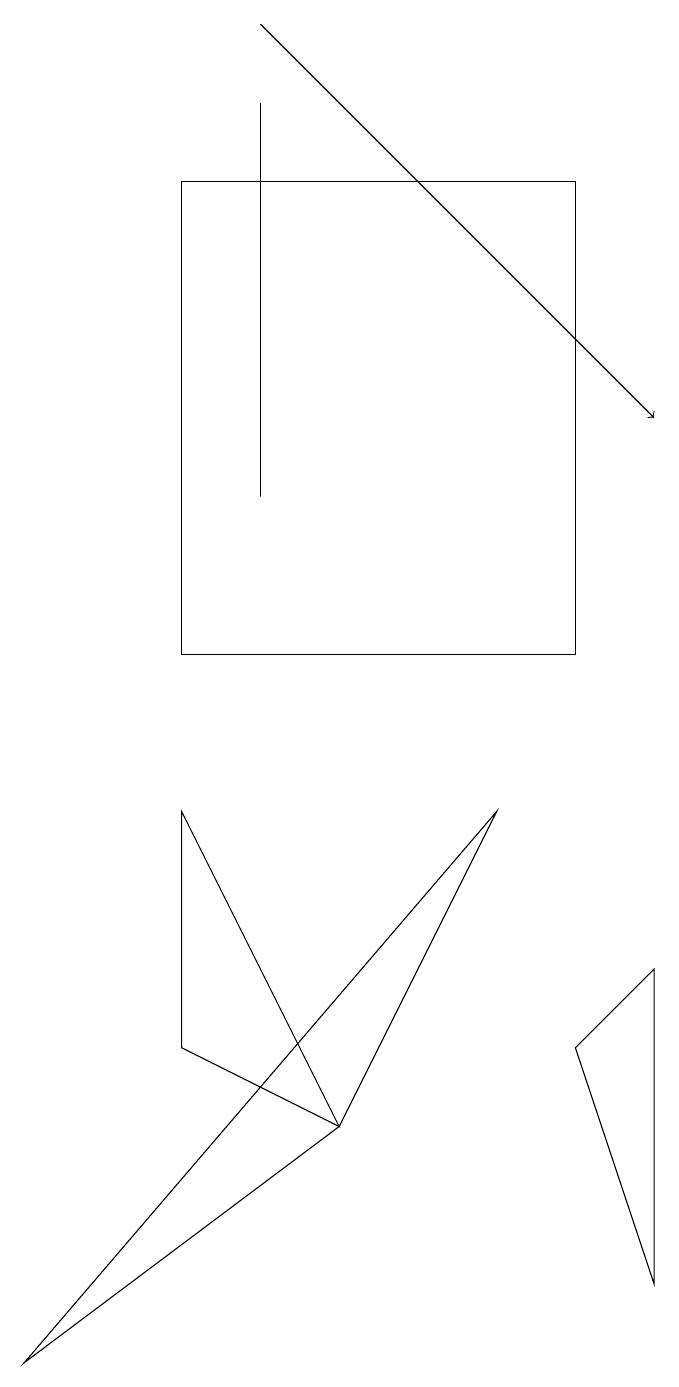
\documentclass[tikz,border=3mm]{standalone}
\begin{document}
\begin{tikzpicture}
\draw (4,17) rectangle (4,12);
\draw (1,1) -- (7,8) -- (5,4) -- cycle;
\draw (8,16) rectangle (3,10);
\draw[->] (4,18) -- (9,13);
\draw (9,2) -- (8,5) -- (9,6) -- cycle;
\draw (3,8) -- (3,5) -- (5,4) -- cycle;
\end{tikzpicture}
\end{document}